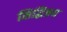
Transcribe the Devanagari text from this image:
सिद्धित्रय